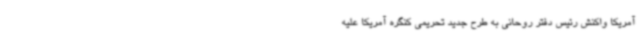
آمریکا واکنش رئیس دفتر روحانی به طرح جدید تحریمی کنگره آمریکا علیه